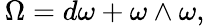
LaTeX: \, \Omega=d\omega+\omega\wedge\omega,